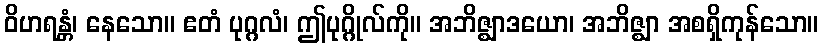
ဝိဟရန္တံ၊ နေသော။ ဧတံ ပုဂ္ဂလံ၊ ဤပုဂ္ဂိုလ်ကို။ အဘိဇ္ဈာဒယော၊ အဘိဇ္ဈာ အစရှိကုန်သော။